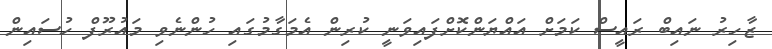
ޒާހިރު ނައިބް ރައީސް ކަމަށް އައްޔަންކޮށްފައިވަނީ ކުރިން އެމަގާމުގައި ހުންނެވި މައުރޫފް ހުސައިން